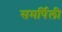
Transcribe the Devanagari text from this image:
समर्पिली